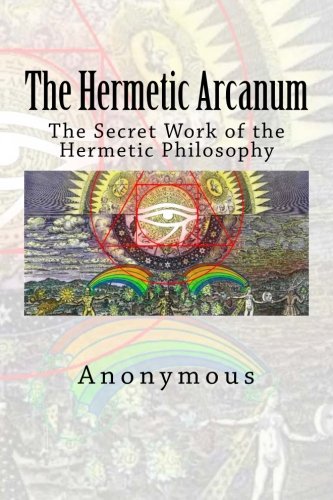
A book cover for The Hermetic Arcanum: The Secret Work of the Hermetic Philosophy; Anonymous; Religion & Spirituality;